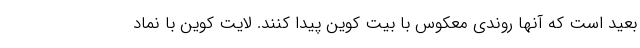
بعید است که آنها روندی معکوس با بیت کوین پیدا کنند. لایت کوین با نماد